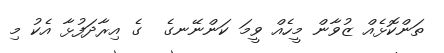
ތަންކޮޅެއް ޒުވާން މީހެއް ވީމަ ކަންނޭނގެ  ގެ އިރާދަފުޅާ އެކު މި